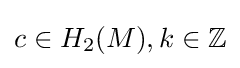
c\in H_{2}(M),k\in \mathbb {Z}